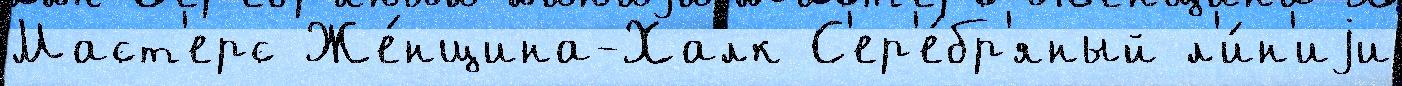
Маст'ерс Же́нщина-Халк С'ер'е́бр'яный л'и́н'иjи